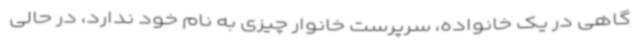
گاهی در یک خانواده، سرپرست خانوار چیزی به نام خود ندارد، در حالی‌